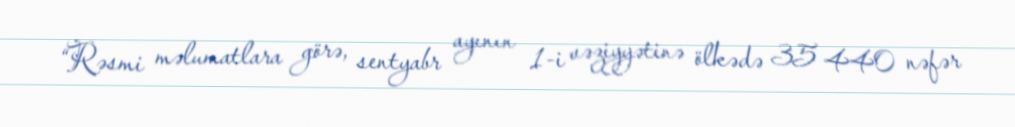
“Rəsmi məlumatlara görə, sentyabr ayının 1-i vəziyyətinə ölkədə 35 440 nəfər